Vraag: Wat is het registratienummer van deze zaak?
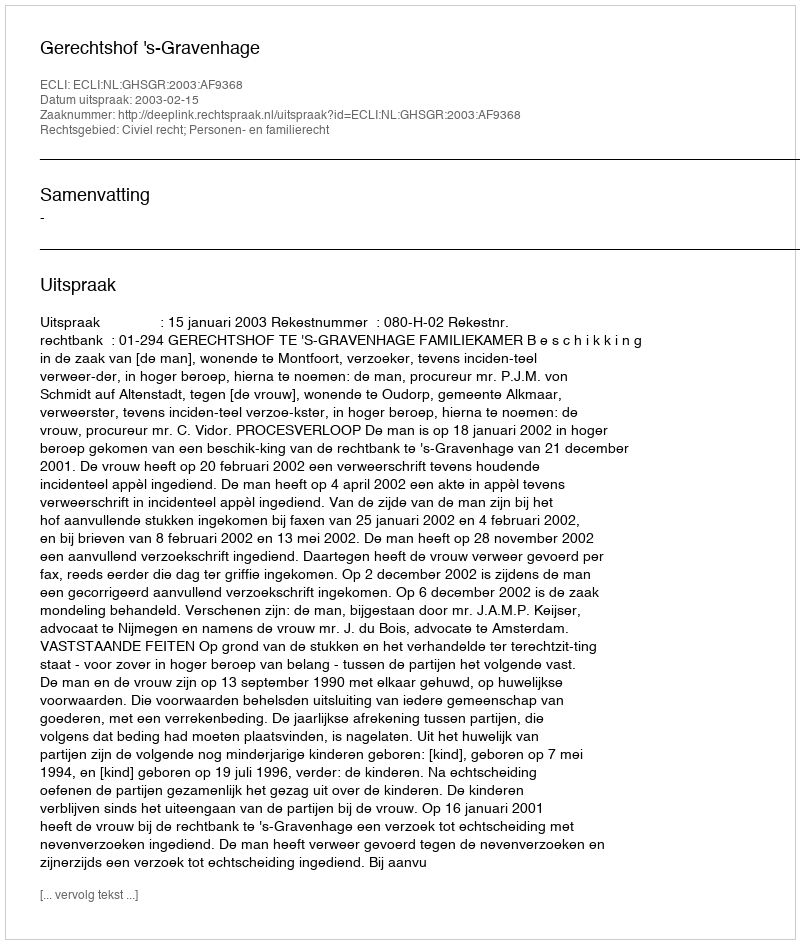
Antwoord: http://deeplink.rechtspraak.nl/uitspraak?id=ECLI:NL:GHSGR:2003:AF9368